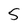
Character: 5